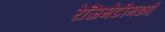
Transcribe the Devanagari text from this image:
रेजिमेंटीमध्ये